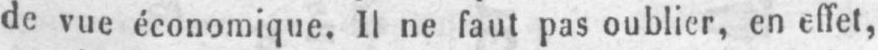
de vue économique. Il ne faut pas oublier, en effet,